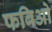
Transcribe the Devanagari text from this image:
फबिओ